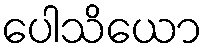
ပေါသိယော